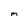
Character: m